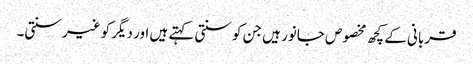
قربانی کے کچھ مخصوص جانور ہیں جن کو سنتی کہتے ہیں اور دیگر کو غیر سنتی۔